Medical and sanitary report on the native army of Bombay for the year
Year: 1878
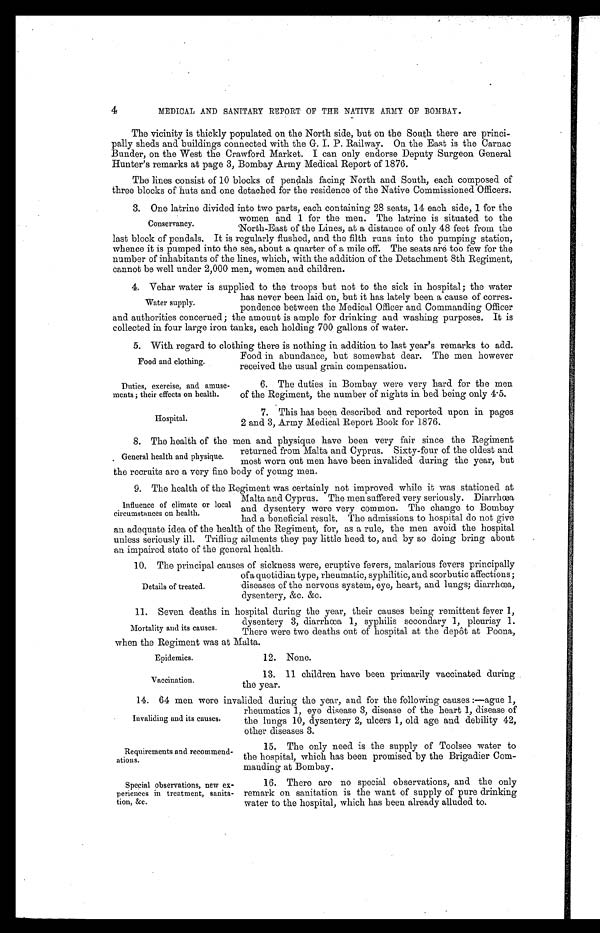
Food and clothing.
Duties, exercise, and amuse
ments; their effects on health.
Hospital
Epidemics.
12. None.
Requirements and recommend-
ations.
Special observations, new ex
periences in treatment, sanita
tion, &c.
4
MEDICAL AND SANITARY REPORT OF THE NATIVE ARMY OF BOMBAY.
The vicinity is thickly populated on the North side, but on the South there are princi
pally sheds and buildings connected with the G. I. P. Railway. On the East is the Carnac
Bunder, on the West the Crawford Market. I can only endorse Deputy Surgeon General
Hunter's remarks at page 3, Bombay Army Medical Report of 1876.
The lines consist of 10 blocks of pendals facing North and South, each composed of
three blocks of huts and one detached for the residence of the Native Commissioned Officers.
3. One latrine divided into two parts, each containing 28 seats. 14 each side, 1 for the
Conservancy.
women and 1 for the men. The latrine is situated to the
North-East of the Lines, at a distance of only 48 feet from the
last b olcko f
p e n d a l s .
i t i s r e g u l a r l y f l u s h e d , a n d t h e f i l t h r u n s i n t o t h e p u m p i n g s t a t i o n ,
whence it is pumped into the sea, about a quarter of a mile off. The seats are too few for the
number of inhabitants of the lines, which, with the addition of the Detachment 8th Regiment,
c a n n o t b e w e l l u n d e r 2 , 0 0 0 m e n , w o m e n a n d c h i l d e r n .
4. Vehar water is supplied to the troops but not to the sick in hospital; the water
Water supply.
has never been laid on, but it has lately been a cause of corres
pondence between the Medical Officer and Commanding Officer
and authorities concerned; the amount is ample for drinking and washing purposes. I t is
collected in four large iron tanks, each holding 700 gallons of water.
5. With regard to clothing there is nothing in addition to last year's remarks to add.
Food in abundance, but somewhat dear. The men however
received the usual grain compensation .
6. The duties in Bombay were very hard for the men
of the Regiment, the number of nights in bed being only 4.5.
7. This has been described and reported upon in pages
2 and 3, Army Medical Report Book for 1876.
8. The health of the men and physique have been very fair since the Regiment
General health and physique.
returned from Malta and Cyprus. Sixty-four of the oldest and
most worn out men have been invalided during the year, but
the recruits are a very fine body of young men.
9. The health of the Regiment was certainly not improved while it was stationed at
Influence of climate or local
circumstances on health.
Malta and Cyprus. The men suffered very seriously. Diarrhœa
and dysentery were very common. The change to Bombay
had a beneficial result. The admissions to hospital do not give
an adequate idea of the health of the Regiment, for, as a rule, the men avoid the hospital
unless seriously ill. Trifling ailments they pay little heed to, and by so doing bring about
an impaired state of the general health.
10. The principal causes of sickness were, eruptive fevers, malarious fevers principally
Details of treated.
of a quotidian type, rheumatic, syphilitic, and scorbutic affections;
diseases of the nervous system, eye, heart, and lungs; diarrhœa,
dysentery, &c. &c.
11. Seven deaths in hospital during the year, their causes being
remittent fever 1,
Mortality and its causes.
dysentery 3, diarrhœa 1, syphilis secondary 1, pleurisy 1.
There were two deaths out of hospital at the depôt at Poona,
when the Regiment was at Malta.
Vaccination.
13. 11 children have been primarily vaccinated during
the year.
14. 64 men were invalided during the year, and for the following causes:—ague 1,
Invaliding and its causes.
rheumatics 1, eye disease 3, disease of the heart 1, disease of
the lungs 10, dysentery 2, ulcers 1, old age and debility 42,
o ther diseases 3 .
15. The only need is the supply of Toolsee water to
the hospital, which has been promised by the Brigadier Com
manding at Bombay.
16. There are no special observations, and the only
remark on sanitation is the want of supply of pure drinking
water to the hospital, which has been already alluded to.